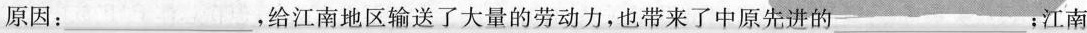
原因：___，给江南地区输送了大量的劳动力，也带来了中原先进的 ___﹔江南